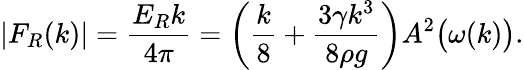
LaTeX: |F_{R}(k)|=\frac{E_{R}k}{4\pi}=\left(\frac{k}{8}+\frac{3\gamma k^{3}}{8\rho g}\right)A^{2}\big(\omega(k)\big).